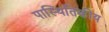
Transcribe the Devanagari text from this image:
पास्थितिकीय